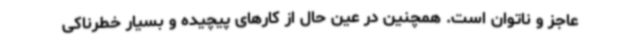
عاجز و ناتوان است. همچنین در عین حال از کارهای پیچیده و بسیار خطرناکی